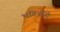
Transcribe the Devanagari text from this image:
भगिनींनो